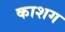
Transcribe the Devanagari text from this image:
काशग